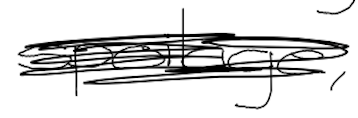
Text: spoilage,
Cross-out: scratch
Writing tool: digital_black